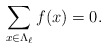
\begin{align*}\sum_{x \in \Lambda_\ell} f(x) =0.\end{align*}